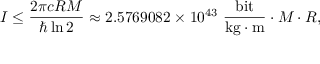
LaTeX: I \leq { \frac { 2 \pi c R M } { \hbar \ln 2 } } \approx 2 . 5 7 6 9 0 8 2 \times 1 0 ^ { 4 3 } \ { \frac { \mathrm { b i t } } { { \mathrm { k g } } \cdot { \mathrm { m } } } } \cdot M \cdot R ,